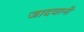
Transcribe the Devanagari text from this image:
जादवानी